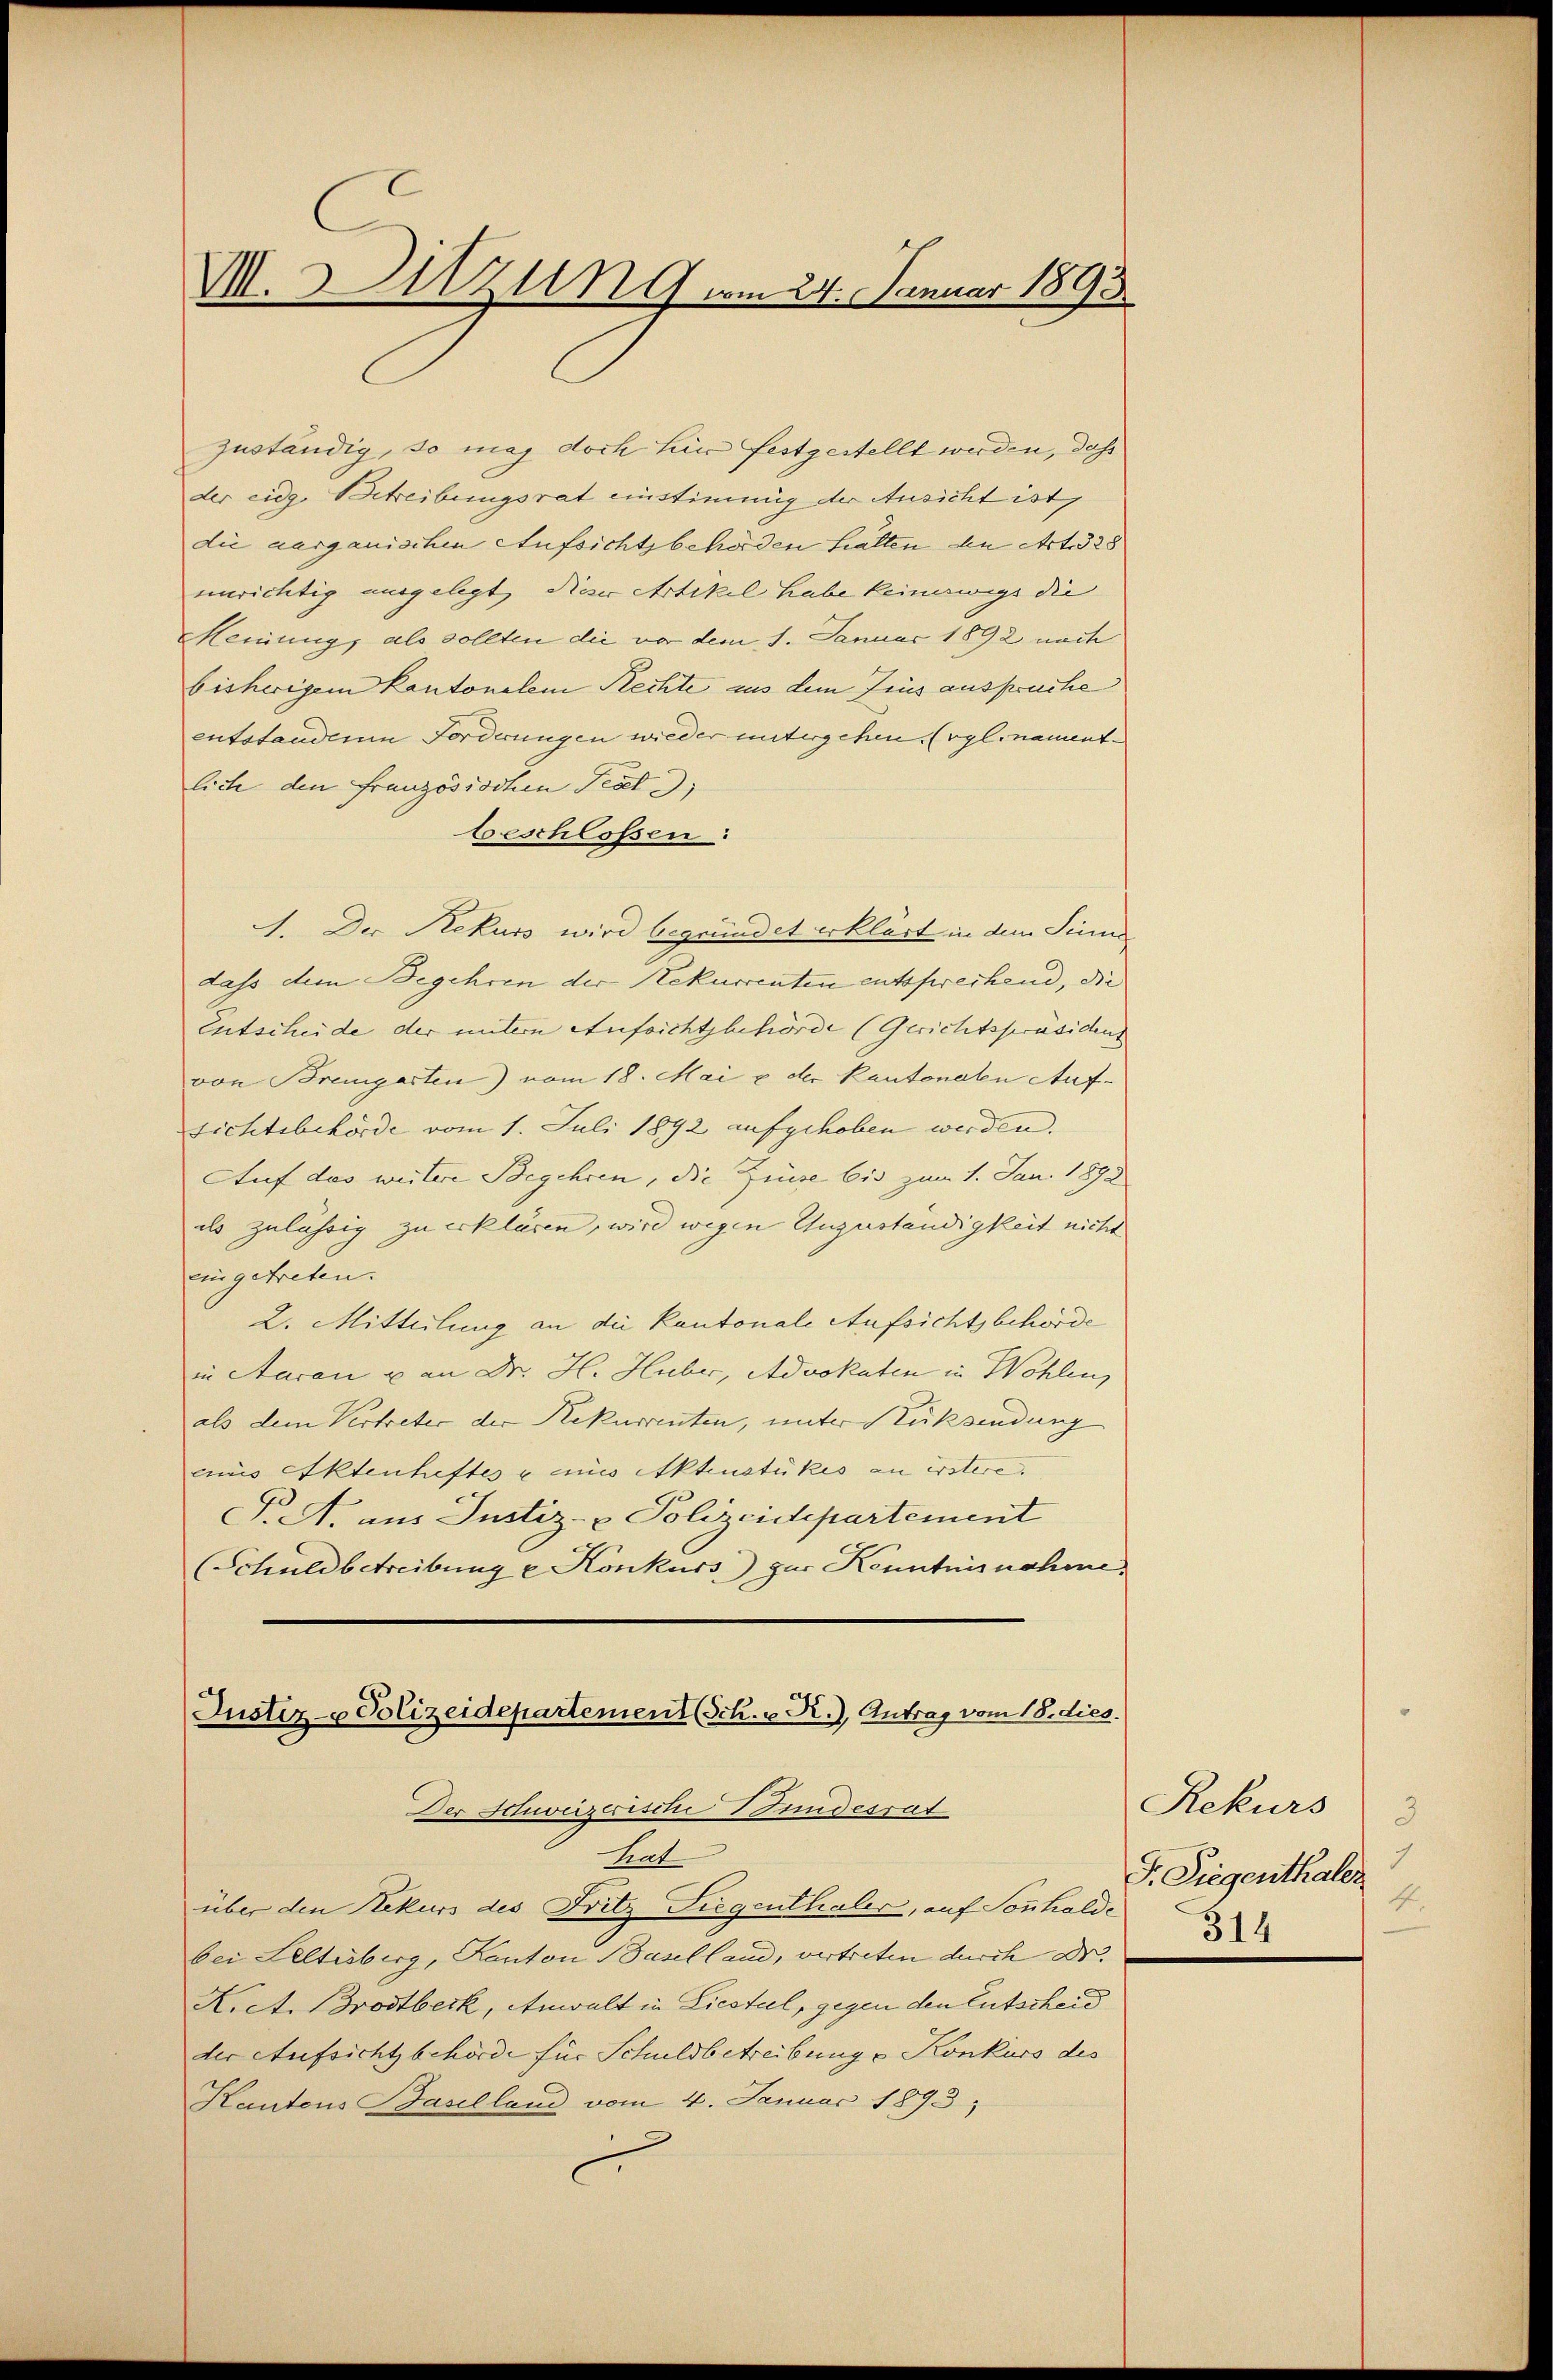
M. zung vom 24. Januar 1893.

zuständig, so mag doch für festgestellt werden, daß
der eidg. Betreibungsrat einstimmig der Ansicht ist,
die aarganischen Aufsichtsbehörden halten an Art. 328
unrichtig ausgelegt, dieser Artikel habe keineswegs die |
Meinung, als sollten die vor dem 1. Januar 1892 nach
bisherigem Kantonelem Rechte aus dem Frus ausprüche
entstandere Forderungen wieder untergehen. (vgl. nament.
liche den Französischen Text
beschlossen:
1. Der Rekurs wird begründet erklärt in dem Sinne
dass dem Begehren der Rekurrenten entsprechend, die
Entscheide der untern Aufsichtsbehörde (Gerichtspräsidens
von Bremgarten) vom 18. Mai u der kantonalen Aufsichtsbehörde vom 1. Juli 1892 aufgehoben werden.
Auf das weitere Begehren, die Zinse bis zum 1. Jan. 1892
als zulässig zu erklären, wird wegen Auguständigkeit nicht
eingetreten.
2. Mitteilung an die Kantonale Aufsichtsbehörde
in Aaran u an Dr. H. Hueber, Advokaten in Wohlen,
als dem Vertreter der Rekurrenten, unter Rücksendung
mnis Aktenheftes eines Aktenstükes an erstere.
P. M. aus Justiz- & Polizeidepartement
(Schuldbetreibung u Konkurs zur Kenntnisnahme,

Justiz- Polizeidepartement (Sch. v. R.) Antrag vom 18. dies.
Der Schweizerische Bundesrat
Leat

über den Rekurs des Fritz Siegenthaler, auf Sonnhalde
bei Leltisberg, Kanton Baselland, vertreten durch Dr.
Nict. Brodtbeck, Anwalt in Liestel, gegen den Entscheid
der Aufsicht behörde für Schuldbetreibung e Konkurs des
Kantons Baselland vom 4. Januar 1893,

Rekurs
3
I. Liegenthaler
4.
314